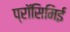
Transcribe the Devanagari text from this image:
प्रॉसिमिई